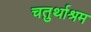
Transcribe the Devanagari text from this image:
चतुर्थाश्रम